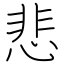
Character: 悲